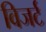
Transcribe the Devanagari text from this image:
विजर्ट